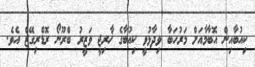
ކިއުބާއިން އޮބާމާއަށް މަރުހަބާ ވިދާޅުވީ ކިއުބާގެ ޚާރިޖީ ވަޒީރު ބްރޫނޯ ރޮޑްރިގޭޒް އެވެ.